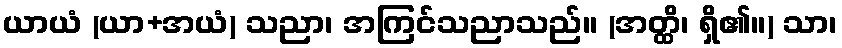
ယာယံ (ယာ+အယံ) သညာ၊ အကြင်သညာသည်။ (အတ္ထိ၊ ရှိ၏။) သာ၊